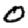
Digit: 0